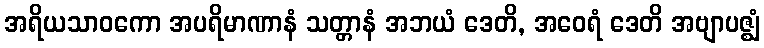
အရိယသာဝကော အပရိမာဏာနံ သတ္တာနံ အဘယံ ဒေတိ, အဝေရံ ဒေတိ အဗျာပဇ္ဈံ